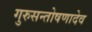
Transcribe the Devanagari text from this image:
गुरुसन्तोषणादेव